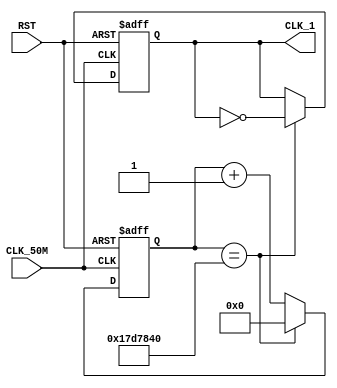
/*
	50MHz clock to 1Hz clock
	
	not tested
*/
module One_hertz_module(CLK_50M, RST, CLK_1);

	input CLK_50M, RST;
	output reg CLK_1;
	
	reg [27:0] counter;
	
	initial counter <= 0;

	always@(posedge CLK_50M or negedge RST) begin
		if (~RST) begin
			counter <= 0;
			CLK_1 <= 0;
		end else begin
			counter <= counter + 1;
			if (counter == 25_000_000) begin
				counter <= 0;
				CLK_1 <= ~CLK_1;
			end
		end		
	end
	
endmodule